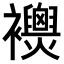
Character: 𧟈